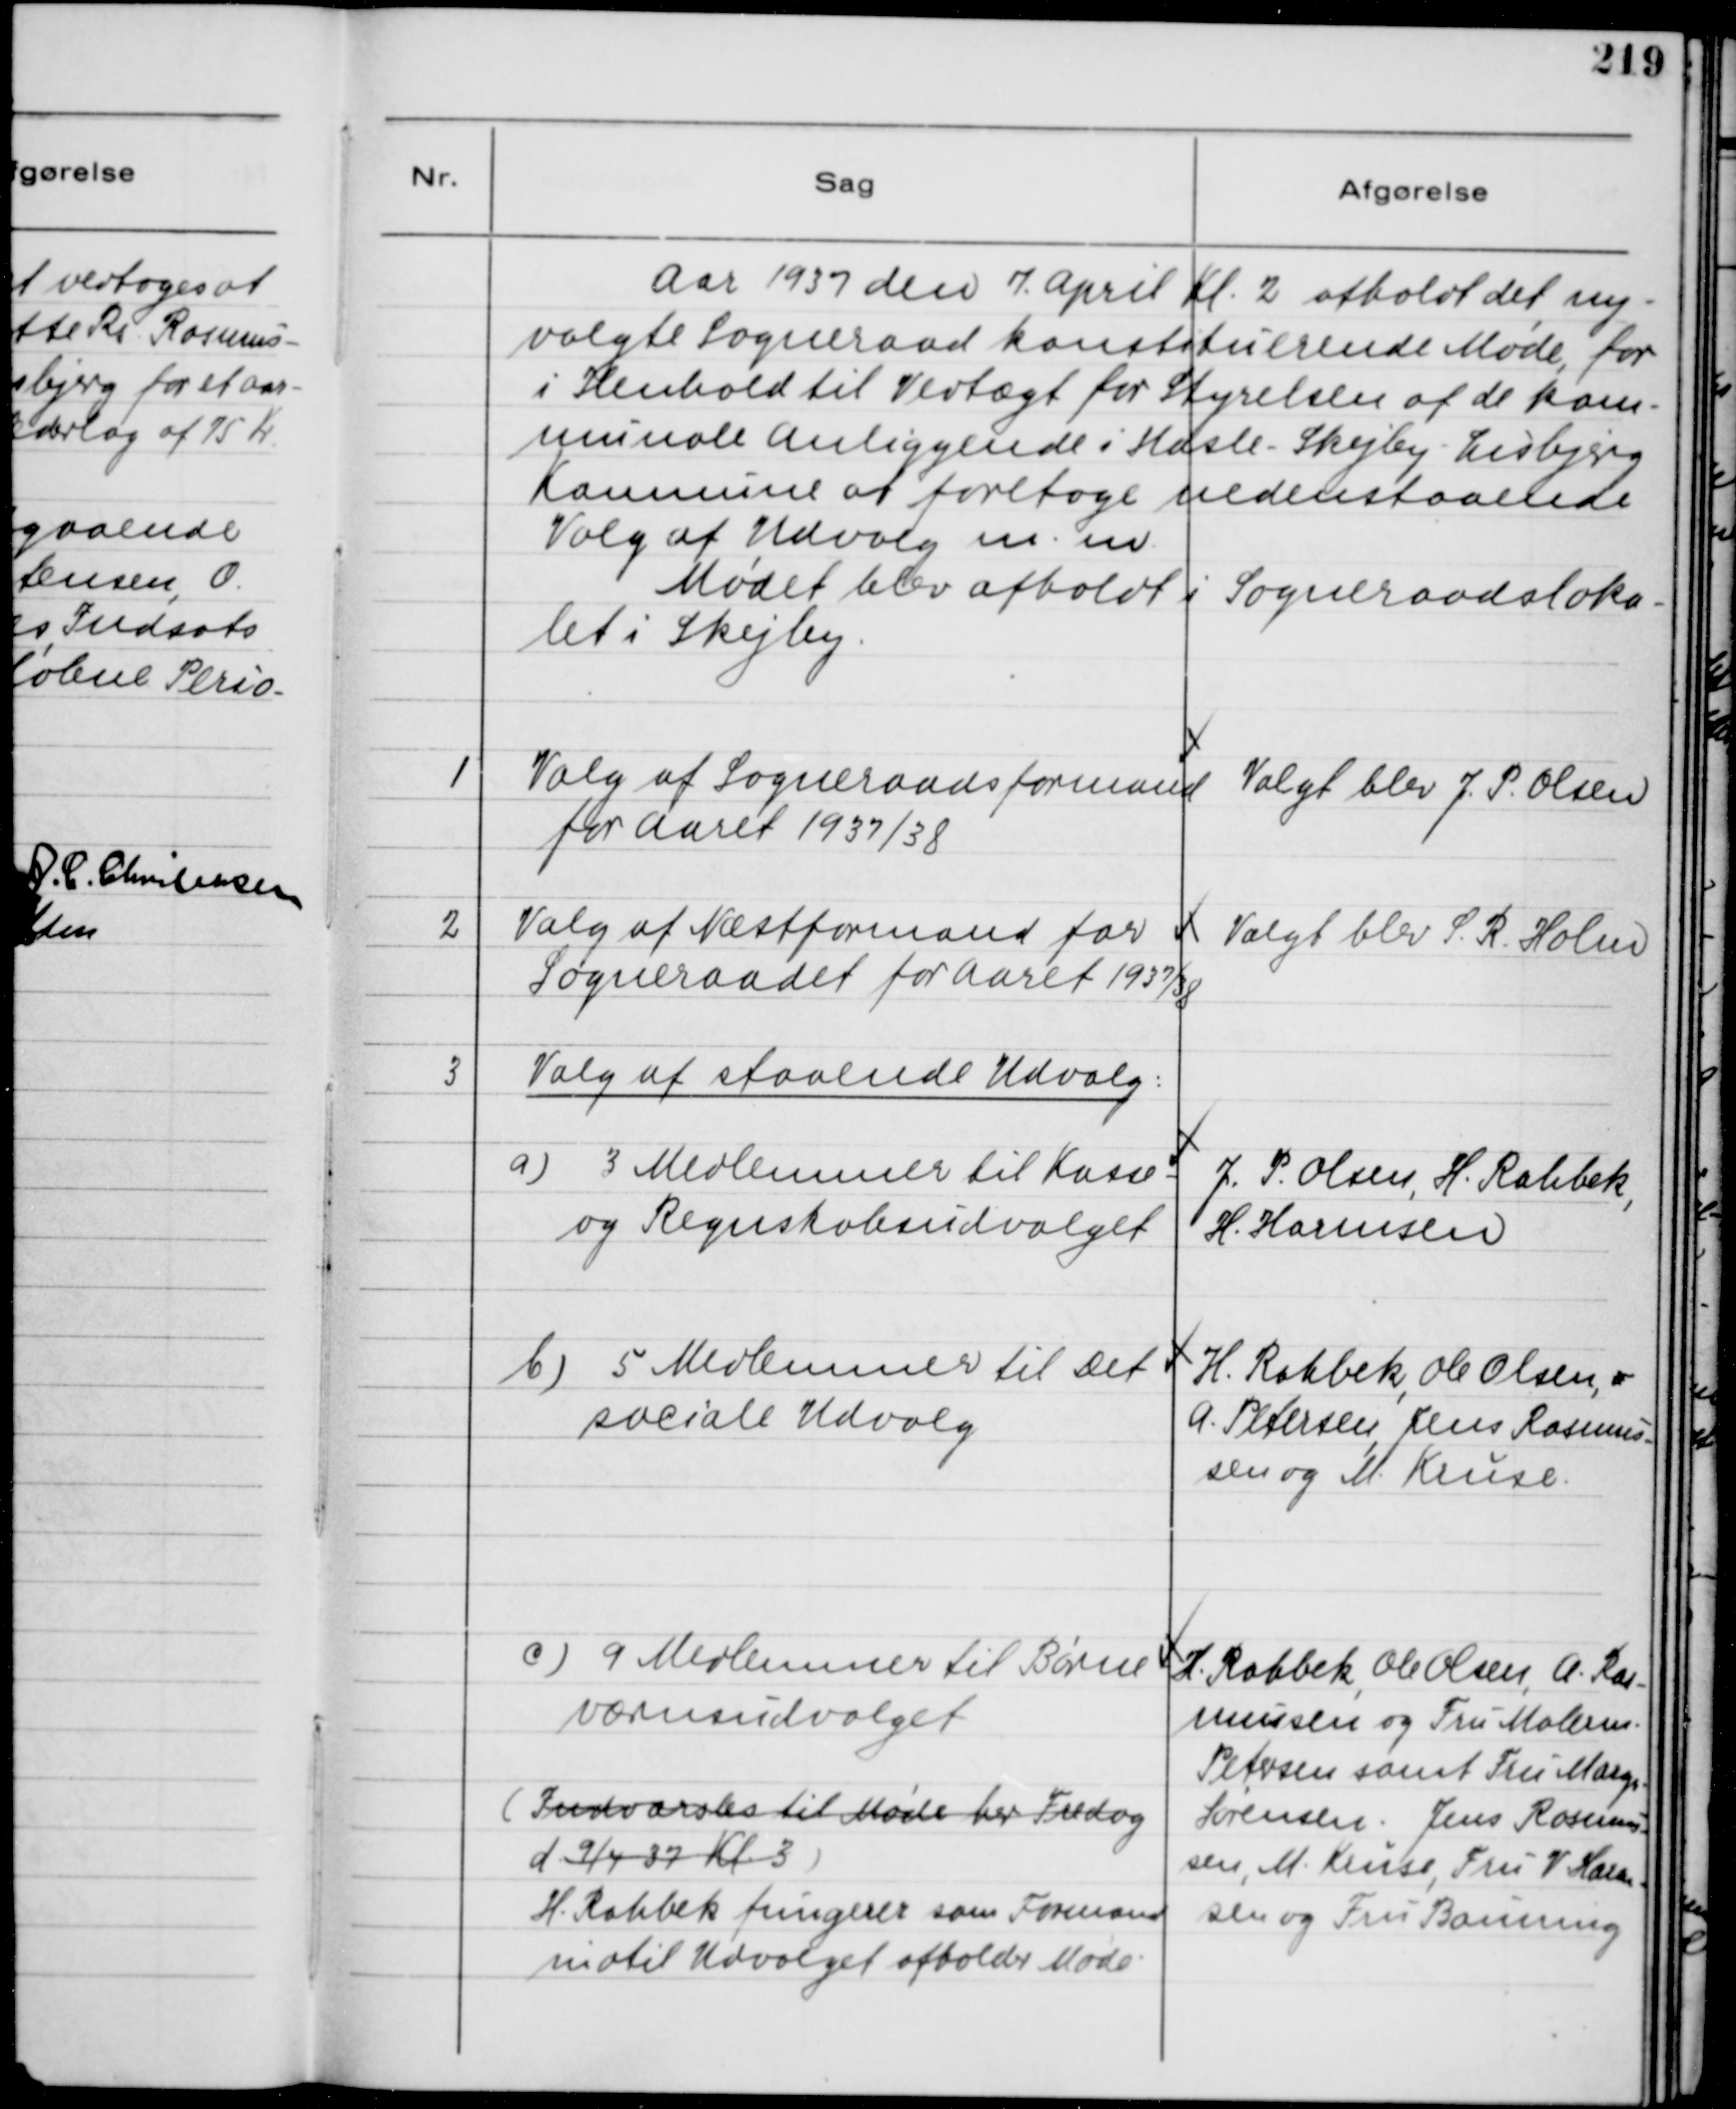
Transskription:
Aar 1937 den 7. April Kl. 2 afholdt det ny-
valgte Sogneraad konstituerende Møde, for
i Henhold til Vedtægt for Styrelsen af de kom-
munale Anliggende i Hasle - Skejby - Lisbjerg
Komnune af foretage nedenstaaende
Valg af Udvalg m. m.
Mødet blev afholdt i Sogneraadsloka-
let i Skejby.

1
Valg af Sogneraadsformand
for Aaret 1937/38

Valgt blev J. P. Olsen

2
Valg af Næstformand for 
Sogneraadet for Aaret 1937/38

Valgt blev S. R. Holm

3
Valg at staaende Udvalg:
a) 3 Medlemmer til Kasse-
og Regnskabsudvalget
J. P. Olsen, H. Rahbek,
H. Harmsen
b) 5 Medlemmer til Det
sociale Udvalg
H. Rahbek, Ole Olsen,
A. Petersen, Jens Rasmus-
sen og M. Kruse.
c) 9 Medlemmer til Børne
værnsudvalget
H. Rahbek, Ole Olsen, A. Ras-
mussen og Fru Malerm.
Petersen samt Fru Marg.
Sørensen. Jens Rasmus-
sen, M. Kruse, Fru V Harm-
sen og Fru Bauning
(Indvarsles til Møde her Fredag
d. 9/4 37 Kl. 3)
H. Rahbek fungerer som Formand
indtil Udvalget afholder Møde.